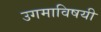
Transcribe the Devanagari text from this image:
उगमाविषयी